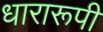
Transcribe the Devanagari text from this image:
धारारूपी